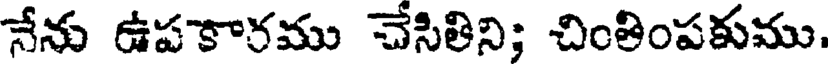
నేను ఉపకారము చేసితిని; చింతింపకుము.